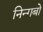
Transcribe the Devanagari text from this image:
निन्गबो